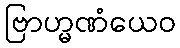
ဗြာဟ္မဏံယေဝ